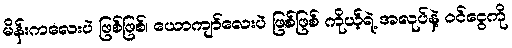
မိန်းကလေးပဲ ဖြစ်ဖြစ်၊ ယောကျာ်လေးပဲ ဖြစ်ဖြစ် ကိုယ့်ရဲ့ အလုပ်နဲ့ ဝင်ငွေကို